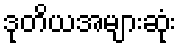
ဒုတိယအများဆုံး